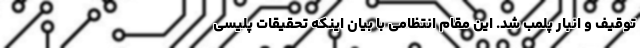
توقیف و انبار پلمب شد. این مقام انتظامی با بیان اینکه تحقیقات پلیسی